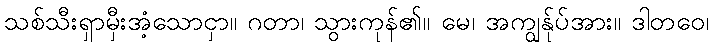
သစ်သီးရှာမှီးအံ့သောငှာ။ ဂတာ၊ သွားကုန်၏။ မေ၊ အကျွန်ုပ်အား။ ဒါတဝေ၊